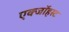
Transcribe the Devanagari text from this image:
एक्जाॅहस्ट